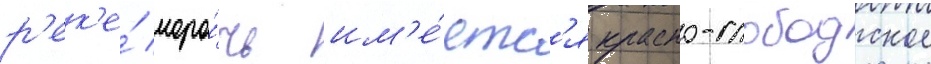
р'ек'е́ моро́чь им'е́етс'я красно-слободское